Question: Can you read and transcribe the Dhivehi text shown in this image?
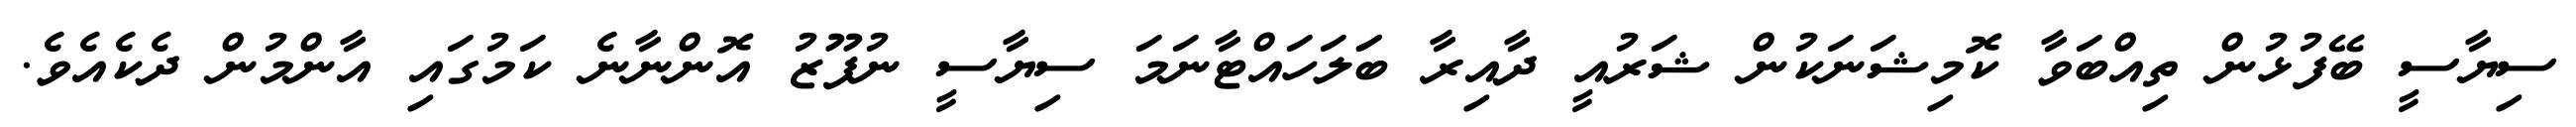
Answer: ސިޔާސީ ބޭފުޅުން ތިއްބަވާ ކޮމިޝަނަކުން ޝަރުއީ ދާއިރާ ބަަލަހައްޓާނަމަ ސިޔާސީ ނުފޫޒު އޮންނާނެ ކަމުގައި އާންމުން ދެކެއެވެ.